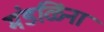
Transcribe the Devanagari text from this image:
मंडळिंना